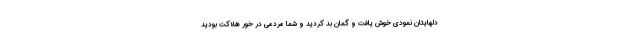
دلهايتان نمودى خوش يافت و گمان بد كرديد و شما مردمى در خور هلاكت بوديد